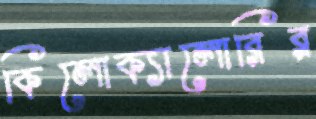
কিলোক্যালোরির